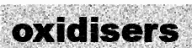
oxidisers